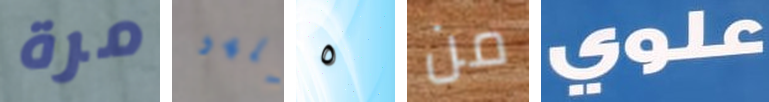
مرة نلهو ٥ من علوي